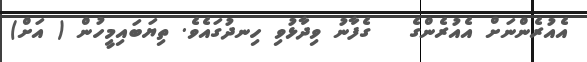
އެއުރެންނަށް އެއުރެންގެ   ގެފާނު ވިދާޅުވި ހިނދުގައެވެ. ތިޔަބައިމީހުން ( އަށް)